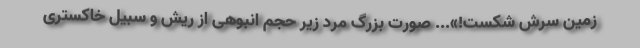
زمین سرش شکست!»... صورت بزرگ مرد زیر حجم انبوهی از ریش و سبیل خاکستری